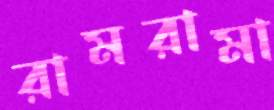
রামরামা